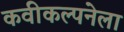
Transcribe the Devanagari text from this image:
कवीकल्पनेला